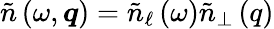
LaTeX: \tilde{n}\left(\omega,\boldsymbol{q}\right)=\tilde{n}_{\ell}\left(\omega\right)\tilde{n}_{\bot}\left(q\right)